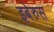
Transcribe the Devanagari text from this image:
इबेरुस